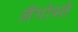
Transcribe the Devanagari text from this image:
लैंगोस्ते